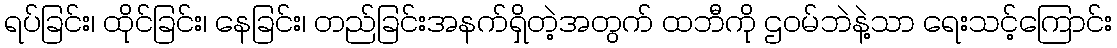
ရပ်ခြင်း၊ ထိုင်ခြင်း၊ နေခြင်း၊ တည်ခြင်းအနက်ရှိတဲ့အတွက် ထဘီကို ဌဝမ်ဘဲနဲ့သာ ရေးသင့်ကြောင်း